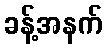
ခန့်အနက်